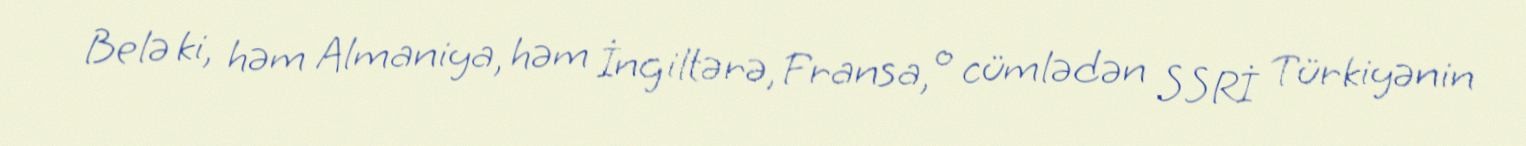
Belə ki, həm Almaniya, həm İngiltərə, Fransa, o cümlədən SSRİ Türkiyənin